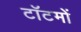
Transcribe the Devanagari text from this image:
टॉटमों